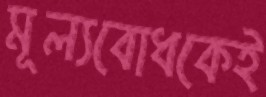
মূল্যবোধকেই